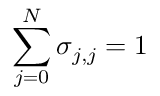
\sum _ { j = 0 } ^ { N } \sigma _ { j , j } = 1